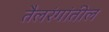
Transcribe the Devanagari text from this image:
तैलरंगांतील